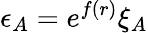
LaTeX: \epsilon_{A}=e^{f(r)}\xi_{A}